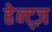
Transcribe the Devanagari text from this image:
हेन्ट्ज़